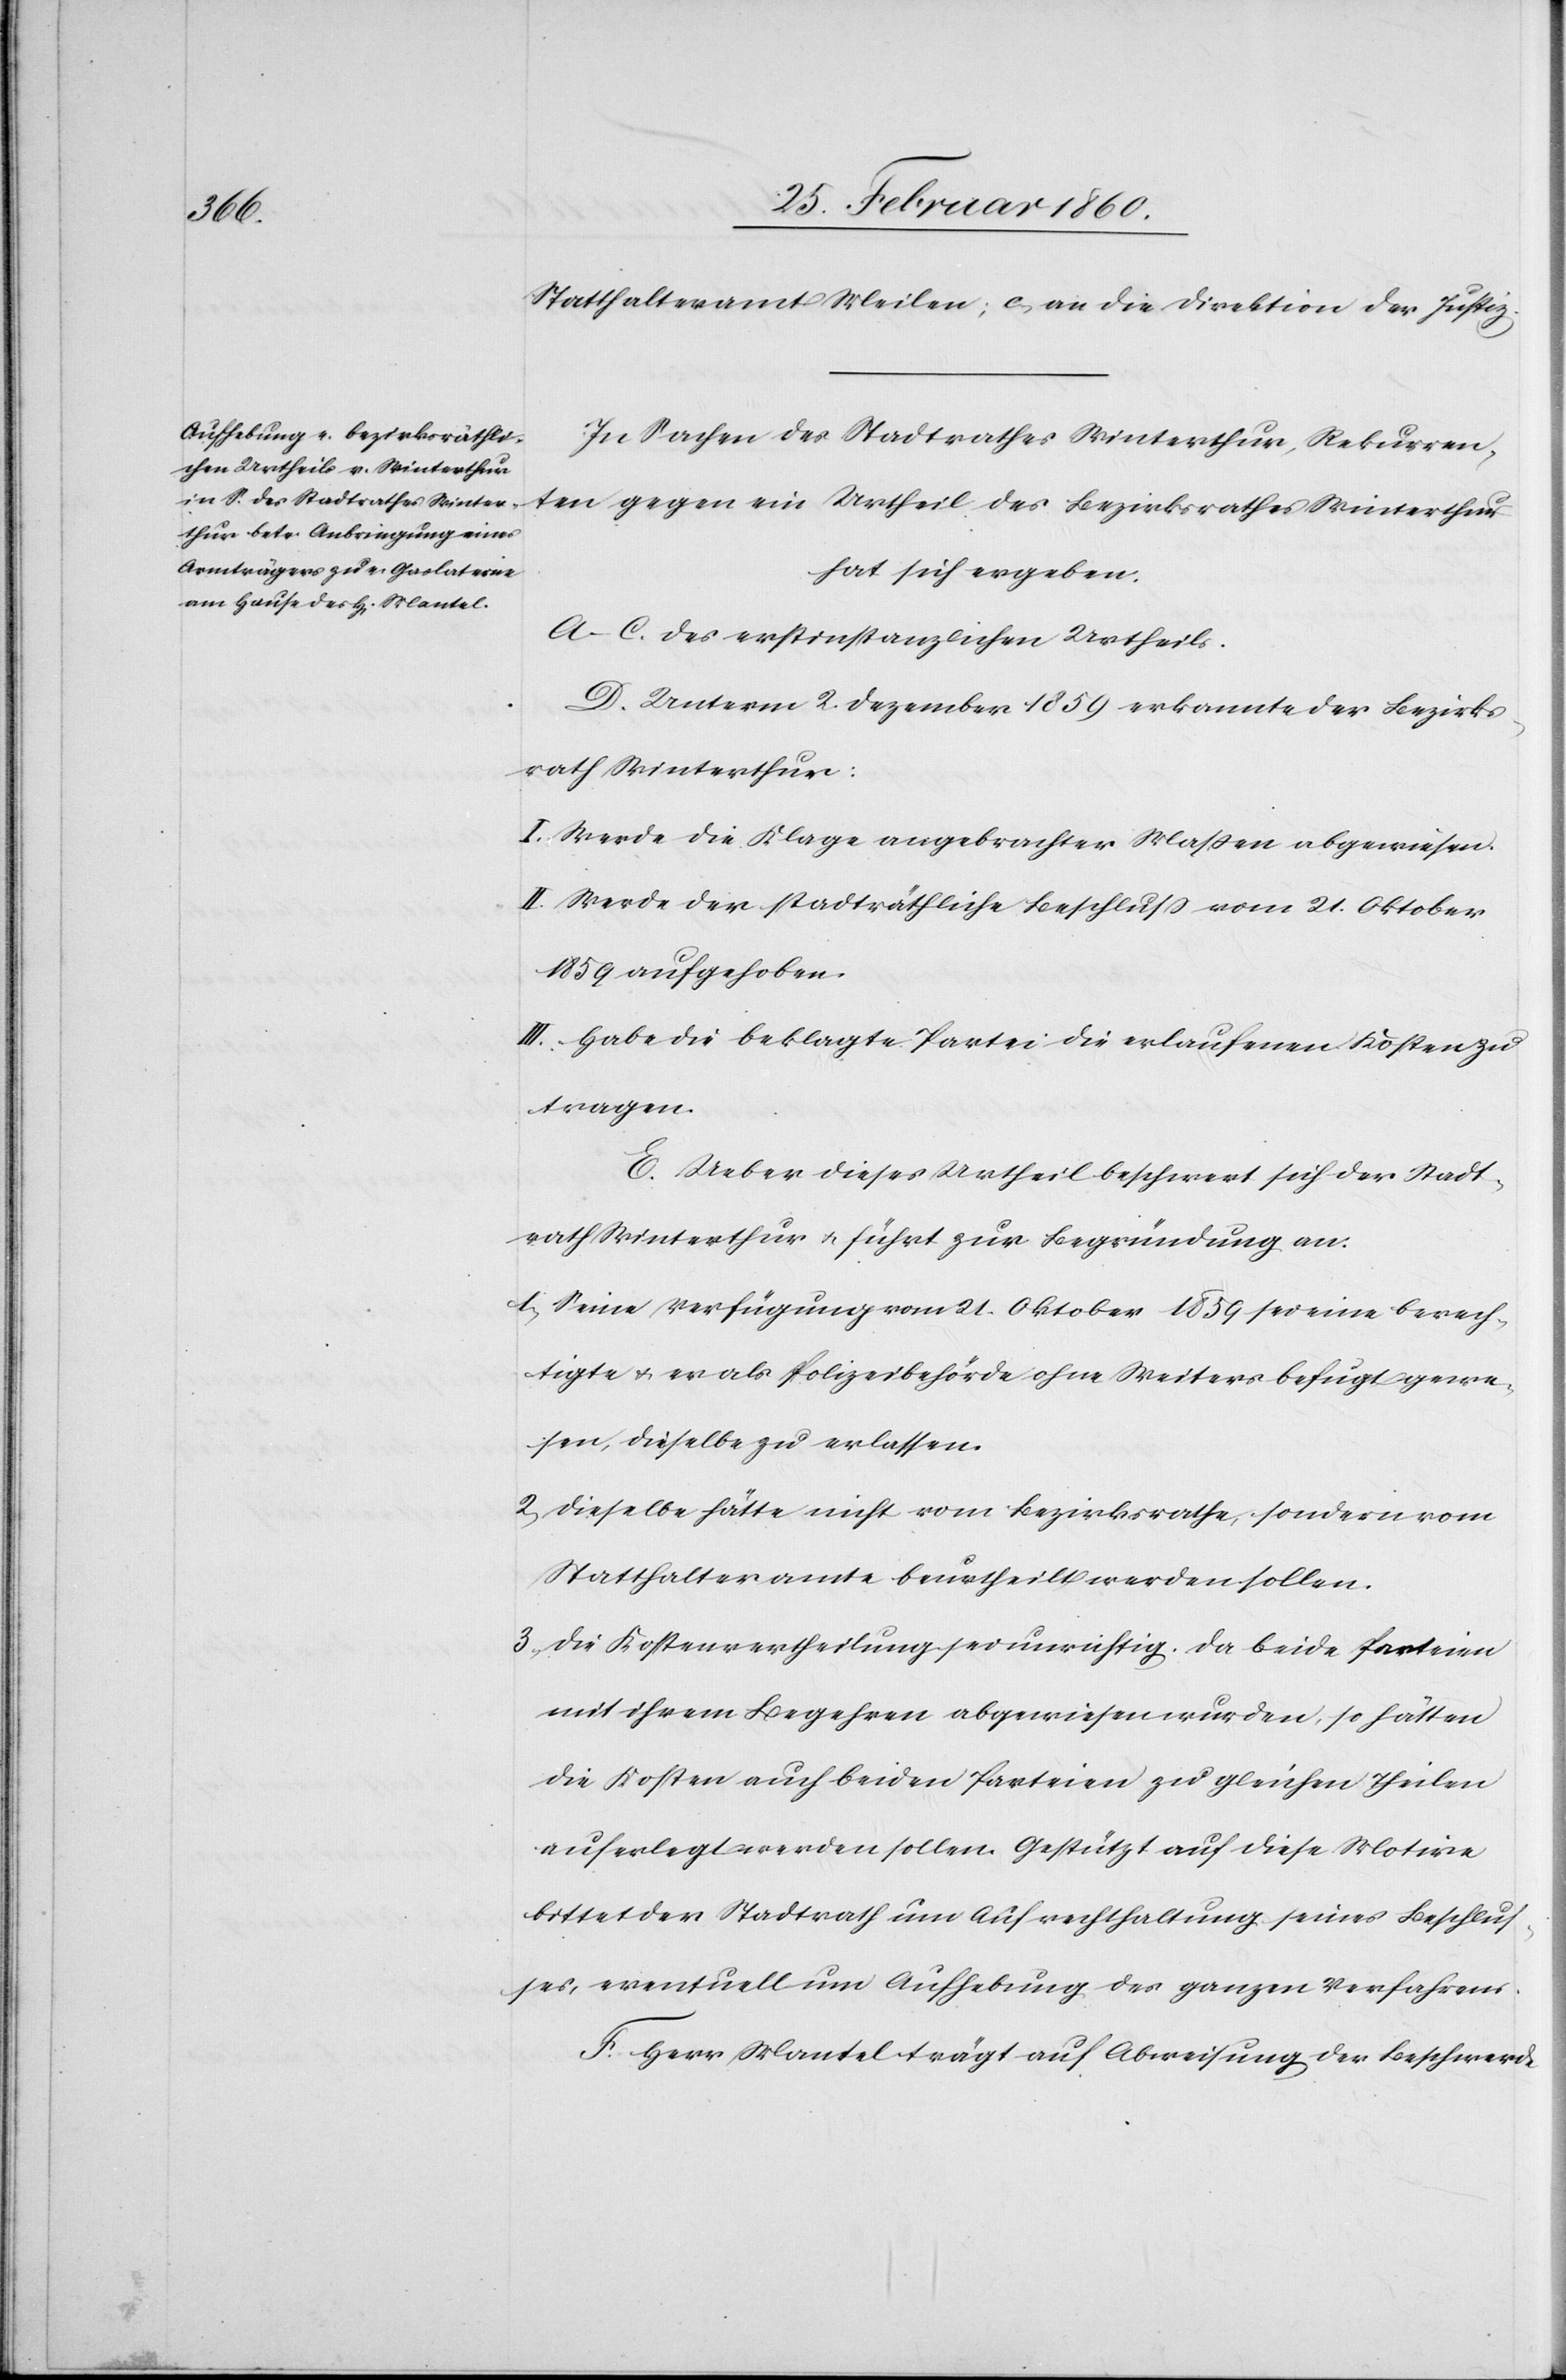
Statthalteramt Meilen; c. an die Direktion der Justiz.
In Sachen des Stadtrathes Winterthur, Rekurren¬
ten gegen ein Urtheil des Bezirksrathes Winterthur
hat sich ergeben:
A–C. des erstinstanzlichen Urtheils.
D. unterm 2. Dezember 1859 erkannte der Bezirks¬
rath Winterthur:
I. Werde die Klage angebrachter Massen abgewiesen.
II. Werde der stadträthliche Beschluss vom 21. Oktober
1859 aufgehoben.
III. Habe die beklagte Partei die erlaufenen Kosten zu
tragen.
E. Ueber dieses Urtheil beschwert sich der Stadt¬
rath Winterthur u. führt zur Begründung an:
1. Seine Verfügung vom 21. Oktober 1859 sei eine berech¬
tigte u. er als Polizeibehörde ohne Weiters befugt gewe¬
sen, dieselbe zu erlassen.
2. Dieselbe hätte nicht vom Bezirksrathe, sondern vom
Statthalteramte beurtheilt werden sollen.
3. Die Kostenvertheilung sei unrichtig. Da beide Parteien
mit ihrem Begehren abgewiesen wurden, so hätten
die Kosten auch beiden Parteien zu gleichen Theilen
auferlegt werden sollen. Gestützt auf diese Motive
bittet der Stadtrath um Aufrechthaltung seines Beschlus¬
ses, eventuell um Aufhebung des ganzen Verfahrens.
F. Herr Mantel trägt auf Abweisung der Beschwerde